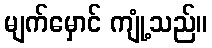
မျက်မှောင် ကျုံ့သည်။